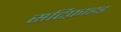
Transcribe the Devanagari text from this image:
सर्टिफ़ाइड